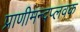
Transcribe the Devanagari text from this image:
प्राणीमन्दप्लवक